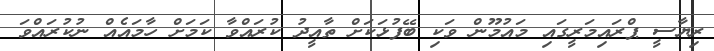
ރިޔާސީ ޕްރައިމަރީގައި މައުމޫން ވަކި ބޭފުޅަކަށް ތާއީދު ކުރައްވާ ކަމަށް ހާމައެއް ނުކުރައްވަ